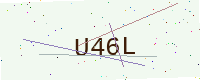
Text: U46L